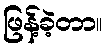
ဖြန့်ခဲ့တာ။